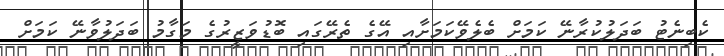
ކެބިނެޓު ބަދަލުކުރާނޭ ކަމަށް ބެލެވޭކަމަށާއި އޭގެ ތެރޭގައި ބޮޑުވަޒީރުގެ މަގާމު ބަދަލުވާނޭ ކަމަށް